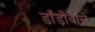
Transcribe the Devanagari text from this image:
डाँड़ोंवाले